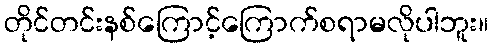
တိုင်တင်းနစ်ကြောင့်ကြောက်စရာမလိုပါဘူး။